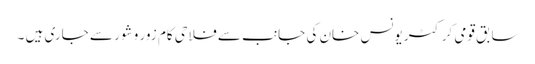
سابق قومی کرکٹر یونس خان کی جانب سے فلاحی کام زور و شور سے جاری ہیں ۔